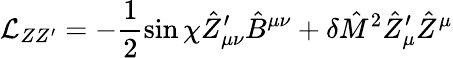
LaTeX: \mathcal{L}_{ZZ^{\prime}}=-\frac{1}{2}\sin\chi\hat{Z}_{\mu\nu}^{\prime}\hat{B}^{\mu\nu}+\delta\hat{M}^{2}\hat{Z}_{\mu}^{\prime}\hat{Z}^{\mu}